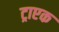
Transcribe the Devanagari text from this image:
ट्राएक